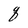
Character: q